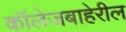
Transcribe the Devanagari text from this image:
कॉलेजबाहेरील